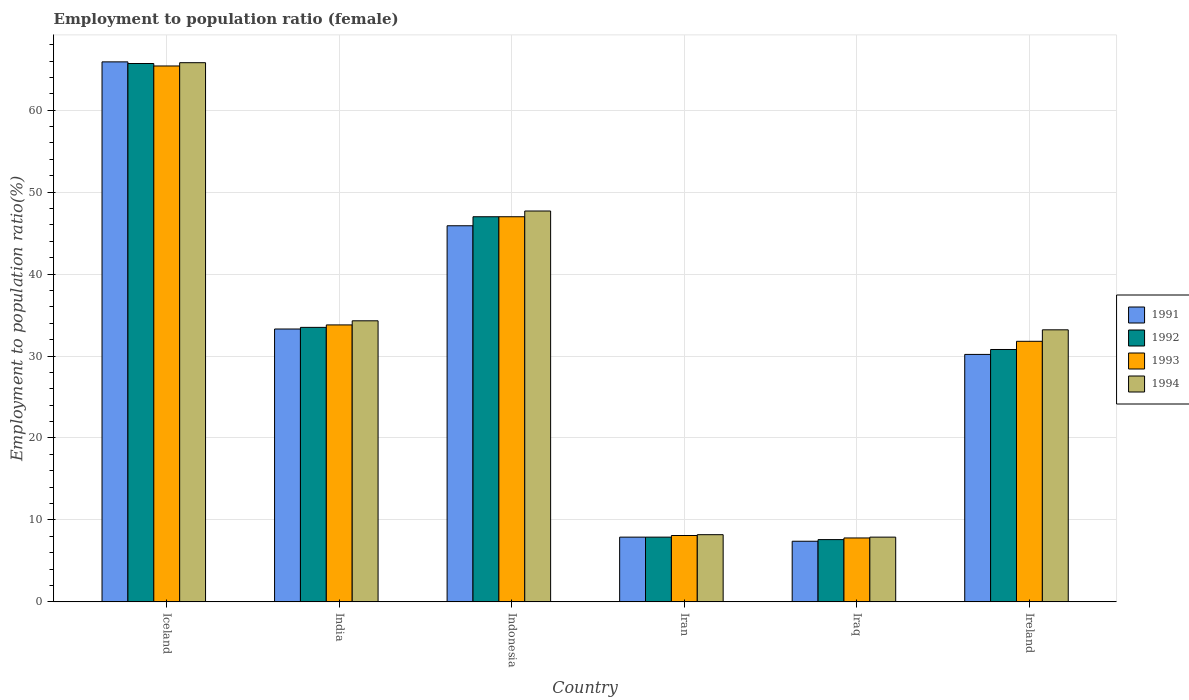
| Country | 1991 | 1992 | 1993 | 1994 |
 | --- | --- | --- | --- | --- |
 | Iceland | 65.9 | 65.7 | 65.4 | 65.8 |
 | India | 33.3 | 33.5 | 33.8 | 34.3 |
 | Indonesia | 45.9 | 47 | 47 | 47.7 |
 | Iran | 7.9 | 7.9 | 8.1 | 8.2 |
 | Iraq | 7.4 | 7.6 | 7.8 | 7.9 |
 | Ireland | 30.2 | 30.8 | 31.8 | 33.2 |